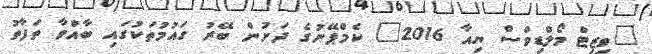
"ވިޒިޓް މޯލްޑިވްސް ޔިއާ 2016" ކެމްޕޭނުގެ ދަށުން ބޭރު ގައުމުތަކުގައި ބާއްވާ ތަފާތު